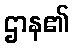
ဌာန၏